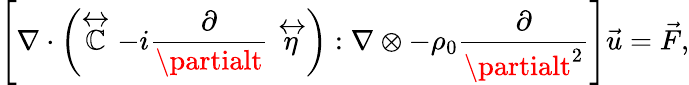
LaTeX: \left[\nabla\cdot\left(\stackrel{\leftrightarrow}{\mathbb{C}}-i\frac{{\partial}}{{\partialt}}\stackrel{\leftrightarrow}{\eta}\right):\nabla\otimes-\rho_{0}\frac{{\partial}}{{\partialt^{2}}}\right]\vec{{u}}=\vec{{F}},